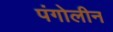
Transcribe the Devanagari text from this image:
पंगोलीन